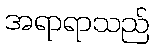
အရာရာသည်